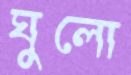
ঘুলো